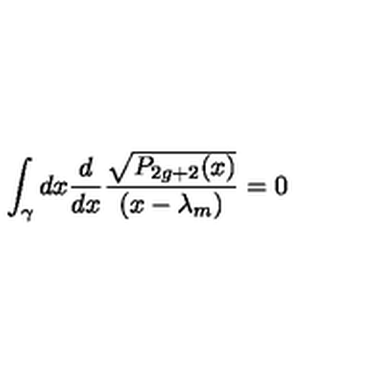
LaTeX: \int _ { \gamma } d x { \frac { d } { d x } } { \frac { \sqrt { P _ { 2 g + 2 } ( x ) } } { ( x - \lambda _ { m } ) } } = 0